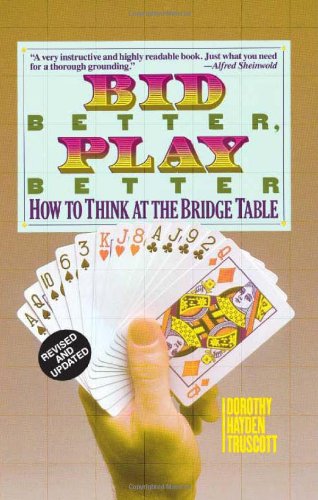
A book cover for Bid Better Play Better: How to Think at the Bridge Table; Dorothy Hayden Truscott; Humor & Entertainment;